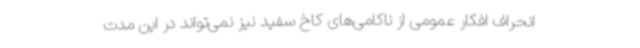
انحراف افکار عمومی از ناکامی‌های کاخ سفید نیز نمی‌تواند در این مدت